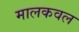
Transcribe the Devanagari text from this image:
मालकवल